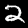
Label: 2